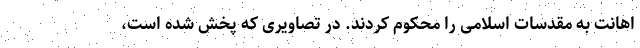
اهانت به مقدسات اسلامی را محکوم کردند. در تصاویری که پخش شده است،